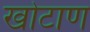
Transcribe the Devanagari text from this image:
खोटाण